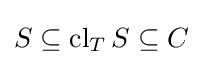
S\subseteq \operatorname {cl} _{T}S\subseteq C